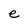
Character: e